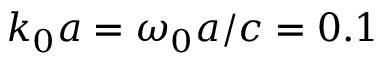
k _ { 0 } a = \omega _ { 0 } a / c = 0 . 1